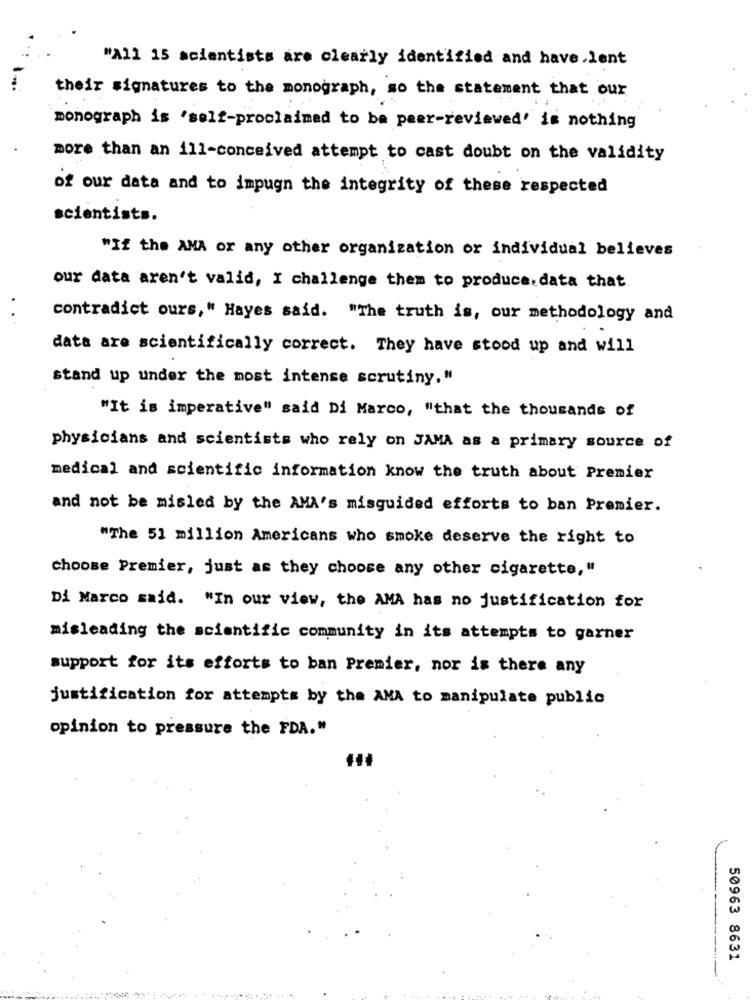
"All 15 scientists are clearly identified and have lent
their signatures to the monograph, so the statement that our
monograph is 'self-proclaimed to be peer-reviewed' is nothing
more than an 111-conceived attempt to cast doubt on the validity
of our data and to impugn the integrity of these respected
scientists.
"If the AMA or any other organization or individual believes
our data aren't valid, I challenge them to produce. data that.
contradict ours," Hayes said. "The truth is, our methodology and
data are scientifically correct. They have stood up and will
stand up under the most intense scrutiny."
"It is imperative" said Di Marco, "that the thousands of
physicians and scientists who rely on JAMA as a primary source of
medical and scientific information know the truth about Premier
and not be misled by the AMA's misguided efforts to ban Premier.
"The 51 million Americans who smoke deserve the right to
choose Premier, just as they choose any other cigarette, "
Di Marco said. "In our view, the AMA has no justification for
misleading the scientific community in its attempts to garner
support for its efforts to ban Premier, nor is there any
justification for attempts by the AMA to manipulate public
opinion to pressure the FDA."
50963 8631